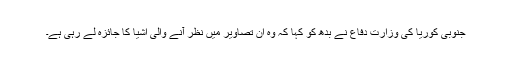
جنوبی کوریا کی وزارت دفاع نے بدھ کو کہا کہ وہ ان تصاویر میں نظر آنے والی اشیا کا جائزہ لے رہی ہے۔